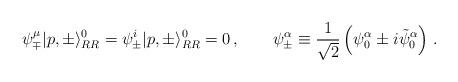
LaTeX: \begin{align*}\psi^\mu_\mp |p,\pm\rangle_{RR}^0 = \psi^i_\pm |p,\pm\rangle_{RR}^0 = 0 \,, \qquad\psi^\alpha_{\pm} \equiv {1 \over \sqrt{2}} \left( \psi_0^{\alpha}\pm i \tilde{\psi}_0^{\alpha} \right) \,.\end{align*}